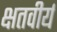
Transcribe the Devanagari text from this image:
क्षतवीर्य